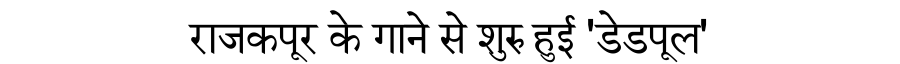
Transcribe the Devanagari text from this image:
राजकपूर के गाने से शुरु हुई 'डेडपूल'